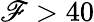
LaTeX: \mathscr{F}>40